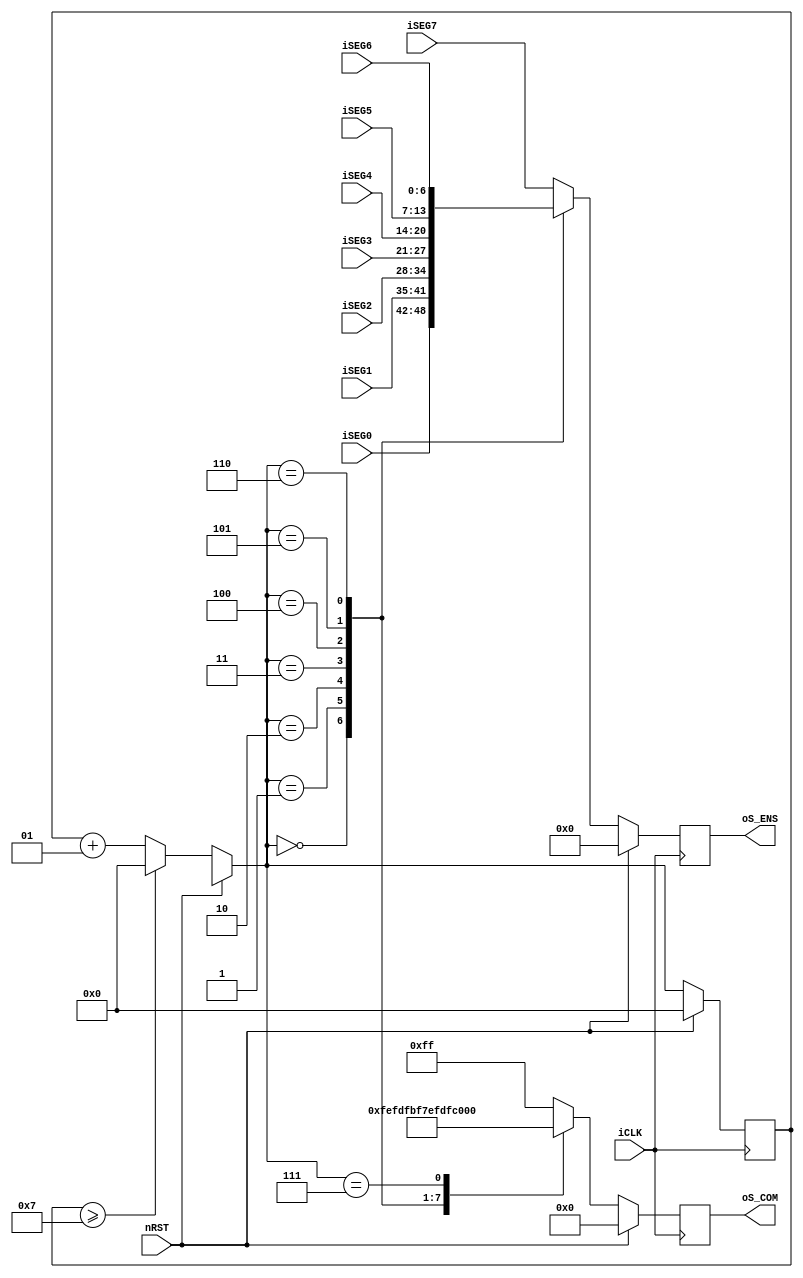
module SevenSeg_CTRL(
	iCLK,
	nRST,
	iSEG7,
	iSEG6,
	iSEG5,
	iSEG4,
	iSEG3,
	iSEG2,
	iSEG1,
	iSEG0,
	oS_COM,
	oS_ENS
);
// I/O definition------------------------------------------	
input iCLK, nRST;
input [6:0] iSEG7, iSEG6, iSEG5, iSEG4,iSEG3, iSEG2, iSEG1, iSEG0;

output [7:0] oS_COM;
output [6:0] oS_ENS; /* a,b,c,d, e,f,g,dp */

reg [7:0] oS_COM;
reg [6:0] oS_ENS;
integer CNT_SCAN; 

/*
   [a]
[f]   [b]
   [g]
[e]   [c]
   [d]   [dp]
*/


always @(posedge iCLK)

begin
	$display("%b", iSEG7);
	$display("%b", iSEG6);
	$display("%b", iSEG5);
	if (nRST)
	  begin
		oS_COM <= 8'b00000000;
		oS_ENS <= 0;
	    CNT_SCAN = 0;
	  end
	else
	  begin
	  	if (CNT_SCAN >= 7)
	  	  CNT_SCAN = 0;
	  	else
	  	  CNT_SCAN = CNT_SCAN + 1;
	  	  	  	
	  	case (CNT_SCAN)
	  	  0 : 
	  	    begin
				oS_COM <= 8'b11111110;
				oS_ENS <= iSEG0;
				$display("%b", oS_ENS);
	  	    end
	  	  1 : 
	  	    begin
				oS_COM <= 8'b11111101;
				oS_ENS <= iSEG1;
				$display("%b", oS_ENS);
	  	    end
	  	  2 : 
	  	    begin
				oS_COM <= 8'b11111011;
				oS_ENS <= iSEG2;
				$display("%b", oS_ENS);
	  	    end
	  	  3 : 
	  	    begin
				oS_COM <= 8'b11110111;
				oS_ENS <= iSEG3;
				$display("%b", oS_ENS);
	  	    end
	  	  4 : 
	  	    begin
				oS_COM <= 8'b11101111;
				oS_ENS <= iSEG4;
				$display("%b", oS_ENS);
	  	    end
	  	  5 : 
	  	    begin
				oS_COM <= 8'b11011111;
				oS_ENS <= iSEG5;
				$display("%b", oS_ENS);
	  	    end
	  	  6 : 
	  	    begin
				oS_COM <= 8'b10111111;
				oS_ENS <= iSEG6;
				$display("%b", oS_ENS);
	  	    end
	  	  7 : 
	  	    begin
				oS_COM <= 8'b01111111;
				oS_ENS <= iSEG7;
				$display("%b", oS_ENS);
	  	    end			 
	  	  default : 
	  	    begin
	  	      oS_COM <= 8'b11111111;
				oS_ENS <= iSEG7;
	  	    end
	  	endcase
		  $display("==============");
      end
end

endmodule


module linedecoder(
	A3,A2,A1,A0,
	S3,S2,S1,S0
);

input A3,A2,A1,A0;
output S3,S2,S1,S0;

reg [3:0] out; 

always @(A3,A2,A1,A0)
begin
case({A3,A2,A1,A0})
4'b0000 : out <= 4'b0000; //0
4'b0001 : out <= 4'b0001; //1
4'b0010 : out <= 4'b0010; //2
4'b0011 : out <= 4'b0011; //3
4'b0100 : out <= 4'b0100; //4
4'b0101 : out <= 4'b1000; //5
4'b0110 : out <= 4'b1001; //6
4'b0111 : out <= 4'b1010; //7
4'b1000 : out <= 4'b1011; //8
4'b1001 : out <= 4'b1100; //9
default : out <= 4'b0000; //NULL
endcase 
end

assign {S3,S2,S1,S0} = out;

endmodule

/*
module binary_to_BCD(
    i_binary,
    o_bcd
);
		
input   [7:0]   i_binary;
output  [9:0]   o_bcd;
wire    [10:0]  d;

assign o_bcd[0] = i_binary[0];
linedecoder C1(0,0,0,i_binary[3],		        d[3],d[2],d[1],d[0]);
linedecoder C2(d[2],d[1],d[0],i_binary[2],	    d[7],d[6],d[5],d[4]);
linedecoder C3(0,0,0,d[3],		                o_bcd[9],d[10],d[9],d[8]);
linedecoder C4(d[6],d[5],d[4],i_binary[1],	    o_bcd[4],o_bcd[3],o_bcd[2],o_bcd[1]);
linedecoder C5(d[10],d[9],d[8],d[7],	        o_bcd[8],o_bcd[7],o_bcd[6],o_bcd[5]);

endmodule
*/


module BCD_to_7segment(
	i_bcd,
	o_segment
);

/*
   [a]
[f]   [b]
   [g]
[e]   [c]
   [d]   [dp]
*/

input [3:0] i_bcd;
output [6:0] o_segment;

reg [6:0] out; 

always @(i_bcd)
begin
case(i_bcd)
	4'b0000 : out <= 7'b1111110; //0
	4'b0001 : out <= 7'b0110000; //1
	4'b0010 : out <= 7'b1101101; //2
	4'b0011 : out <= 7'b1111001; //3
	4'b0100 : out <= 7'b0110011; //4
	4'b0101 : out <= 7'b1011011; //5
	4'b0110 : out <= 7'b1011111; //6
	4'b0111 : out <= 7'b1110010; //7
	4'b1000 : out <= 7'b1111111; //8
	4'b1001 : out <= 7'b1111011; //9
	default : out <= 7'b0000000; //NULL
endcase 
end

assign o_segment = out;

endmodule